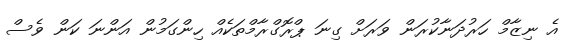
އެ ނިޒާމް ހަރުދަނާކުރަން ވަރަށް ގިނަ ޕްރޮގްރާމްތަކެއް ހިންގަމުން އަންނަ ކަން ވެސް